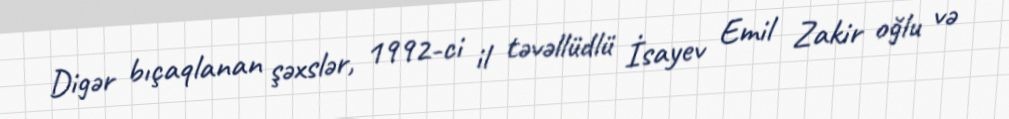
Digər bıçaqlanan şəxslər, 1992-ci il təvəllüdlü İsayev Emil Zakir oğlu və